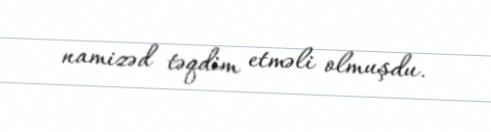
namizəd təqdim etməli olmuşdu.